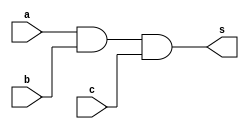
// ------------------------- 
// Exercicio 01 - 04
// Nome: Lorena Danielle Gonalves Bento 
// ------------------------- 
// ------------------------- 
// -- and3  gate 
// -------------------------  
module and3gate (output s, input a, input b, input c); 
assign s = (a&b&c) ; // criar vinculo permanente 
// (dependencia) 
endmodule // and3gate 
// --------------------- 
// -- test and3  gate 
// --------------------- 
module testand3gate; 
// ------------------------- dados locais 
reg a, b, c; // definir registrador 
// (variavel independente) 
wire s; // definir conexao (fio) 
// (variavel dependente )
// ------------------------- instancia 
and3gate AND3 (s, a, b, c); 
// ------------------------- preparacao 
initial begin:start 
a=0; b=0; c=0;
end 
// ------------------------- parte principal 
initial begin:main 
$display("Exercicio01 - Lorena Danielle Gonalves Bento - 435049"); 
$display("Test and3 gate"); 
$display("\n (a & b & c)  = s\n"); 
#1 $display("%b %b %b= %b", a, b, c, s); 
a=0; b=0; c=1;
#1 $display("%b %b %b= %b", a, b, c, s); 
a=0; b=1; c=0;
#1 $display("%b %b %b= %b", a, b, c, s);  
a=0; b=1; c=1; 
#1 $display("%b %b %b= %b", a, b, c, s); 
a=1; b=0; c=0;  
#1 $display("%b %b %b= %b", a, b, c, s); 
a=1; b=0; c=1;
#1 $display("%b %b %b= %b", a, b, c, s);
a=1; b=1; c=0;
#1 $display("%b %b %b= %b", a, b, c, s);
a=1; b=1; c=1;
#1 $display("%b %b %b= %b", a, b, c, s);
a=1; b=1; c=1;

end 
endmodule // testand3gate